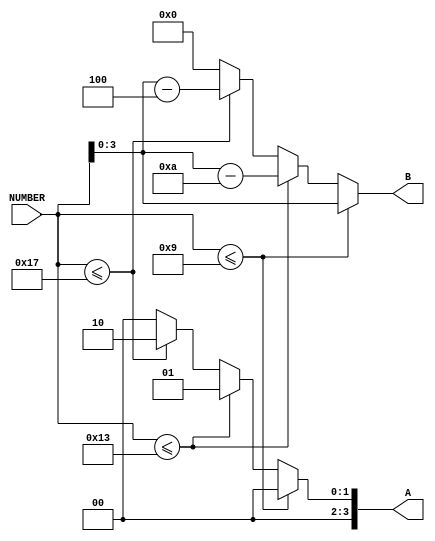
module WT_SEP_H(
NUMBER,A,B);

input [6:0] NUMBER;
output [3:0]A,B;

reg [3:0]A,B;

always @(NUMBER)
begin
	if(NUMBER <=9)
		begin
			A=0;
			B=NUMBER[3:0];
		end
	else if(NUMBER <=19)
		begin
			A=1;
			B=NUMBER -10;
		end
	else if(NUMBER <=23)
		begin
			A=2;
			B=NUMBER -20;
		end
		
	else 
		begin
			A=0;
			B=0;
		end
end

endmodule